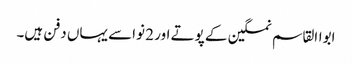
ابواالقاسم نمکین کے پوتے اور 2 نواسے یہاں دفن ہیں۔